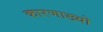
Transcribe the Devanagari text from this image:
कारणाख्यो